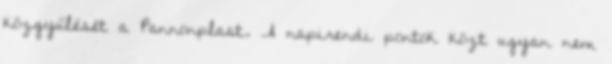
közgyűlését a Pannonplast. A napirendi pontok közt ugyan nem